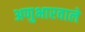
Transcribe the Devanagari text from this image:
अणुभारवाले